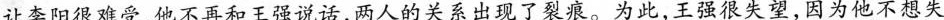
让李阳很难受，他不再和王强说话，两人的关系出现了裂痕。为此，王强很失望，因为他不想失